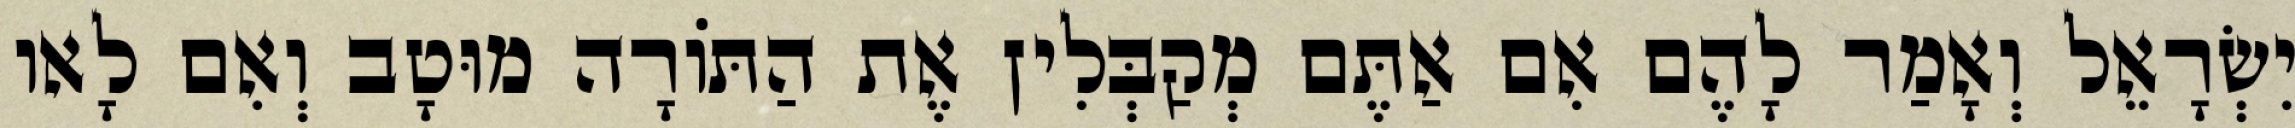
יִשְׂרָאֵל וְאָמַר לָהֶם אִם אַתֶּם מְקַבְּלִין אֶת הַתּוֹרָה מוּטָב וְאִם לָאו